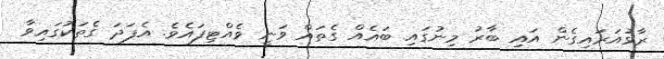
ރާޅުއަރައިގެން އައި ބާރު މިނުގައި ބައެއް ގެތައް ވަނީ ވެއްޓިފައެވެ. އެފަދަ ގެތަކުގައިވާ